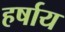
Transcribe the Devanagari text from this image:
हर्षाय